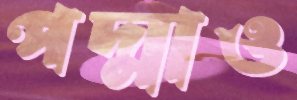
পদ্মাও